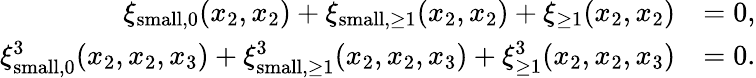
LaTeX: \begin{array}{rl}{\xi_{\textnormal{small},0}(x_{2},x_{2})+\xi_{\textnormal{small},\geq 1}(x_{2},x_{2})+\xi_{\geq 1}(x_{2},x_{2})}&{=0,}\\ {\xi_{\textnormal{small},0}^{3}(x_{2},x_{2},x_{3})+\xi_{\textnormal{small},\geq 1}^{3}(x_{2},x_{2},x_{3})+\xi_{\geq 1}^{3}(x_{2},x_{2},x_{3})}&{=0.}\end{array}